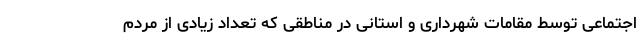
اجتماعی توسط مقامات شهرداری و استانی در مناطقی که تعداد زیادی از مردم